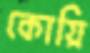
কোয়ি